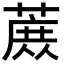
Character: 𬞈